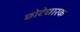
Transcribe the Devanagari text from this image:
छोटेधारक